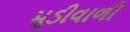
મૂડીવાળી